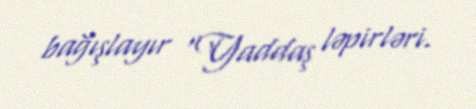
bağışlayır “Yaddaş ləpirləri.